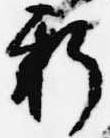
新